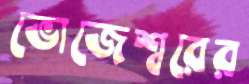
ভোজেশ্বরের